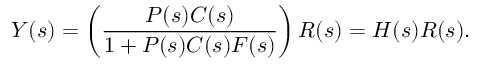
Y ( s ) = \left( { \frac { P ( s ) C ( s ) } { 1 + P ( s ) C ( s ) F ( s ) } } \right) R ( s ) = H ( s ) R ( s ) .